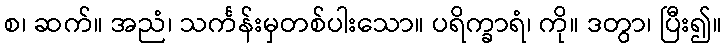
စ၊ ဆက်။ အညံ၊ သင်္ကန်းမှတစ်ပါးသော။ ပရိက္ခာရံ၊ ကို။ ဒတွာ၊ ပြီး၍။